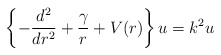
\begin{align*}\left\{ -\frac{d^2}{dr^2} + \frac{\gamma}{r} + V(r) \right\} u = k^2u\end{align*}